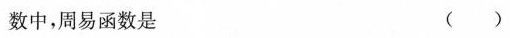
数中，周易函数是 ( )